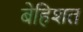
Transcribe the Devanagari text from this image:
बेहिशत